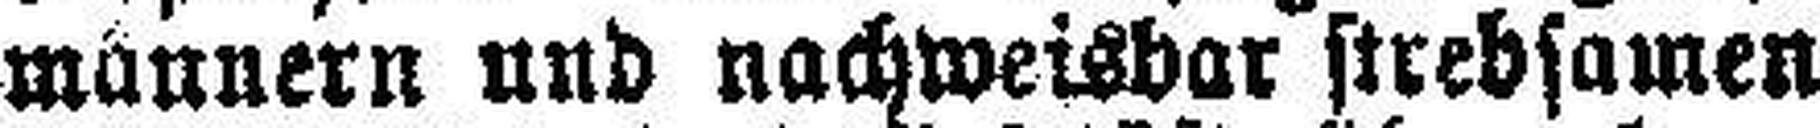
männern und nachweisbar strebsamen